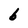
Character: d